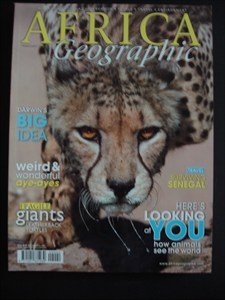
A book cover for AFRICA Geographic - February 2009 - Darwin - Senegal - Aye-Ayes - Leatherback Turtles - Wildlife - Nature - Conservation - People - Travel; Travel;